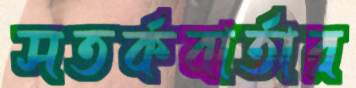
সতর্কবার্তার